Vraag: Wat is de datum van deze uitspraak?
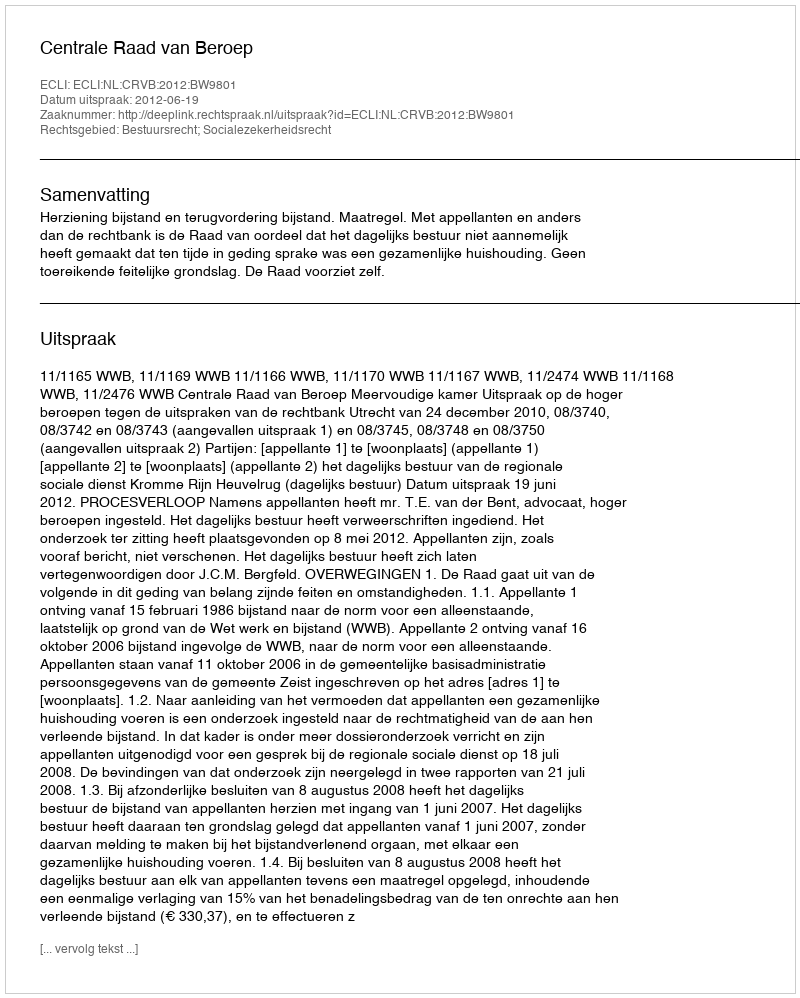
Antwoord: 2012-06-19